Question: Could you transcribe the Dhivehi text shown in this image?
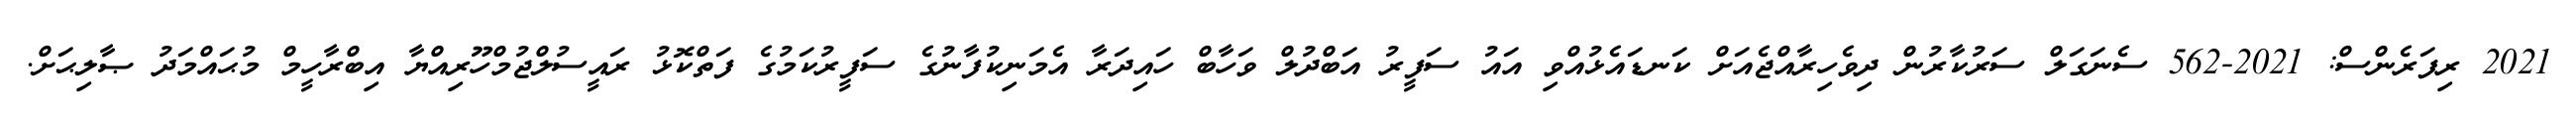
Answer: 2021 ރިފަރެންސް: 2021-562 ސެނަގަލް ސަރުކާރުން ދިވެހިރާއްޖެއަށް ކަނޑައެޅުއްވި އައު ސަފީރު އަބްދުލް ވަހާބް ހައިދަރާ އެމަނިކުފާނުގެ ސަފީރުކަމުގެ ފަތްކޮޅު ރައީސުލްޖުމްހޫރިއްޔާ އިބްރާހީމް މުޙައްމަދު ޞާލިޙަށް.